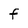
Character: f